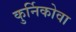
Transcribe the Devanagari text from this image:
कुर्निकोवा